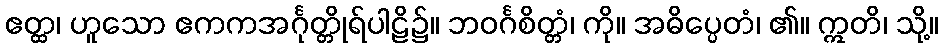
ဧတ္ထ၊ ဟူသော ဧကကအင်္ဂုတ္တိုရ်ပါဠိ၌။ ဘဝင်္ဂစိတ္တံ၊ ကို။ အဓိပ္ပေတံ၊ ၏။ ဣတိ၊ သို့။